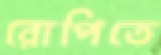
রোপিতে